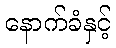
နောက်ခံနှင့်